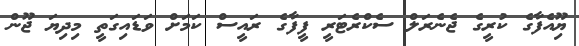
ޔިޫއެފާގެ ކުރީގެ ޖެނެރަލް ސެކްރެޓަރީ ފީފާގެ ރައީސް ކަމަށް ވަޑައިގަތީ މިދިޔަ ޖޫން